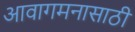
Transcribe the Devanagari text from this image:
आवागमनासाठी